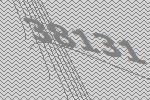
38131